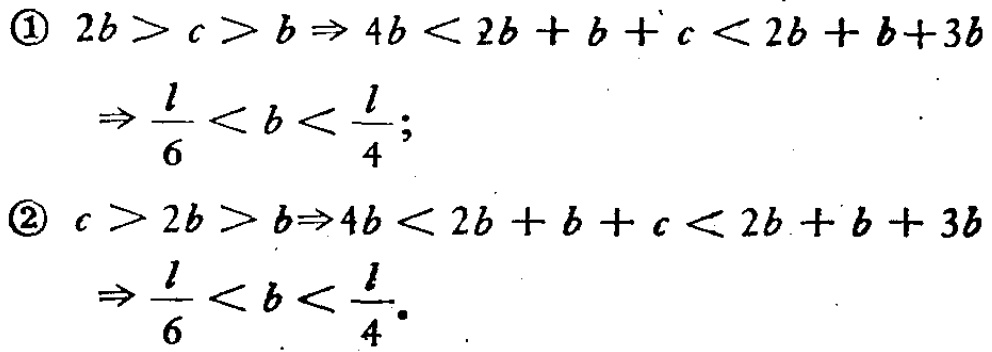
\textcircled{1} \(2b > c > b\Rightarrow 4b < 2b + b + c < 2b + b+3b\)

\(\Rightarrow \frac{l}{6} < b < \frac{l}{4}\);

\textcircled{2} \(c > 2b > b\Rightarrow 4b < 2b + b + c < 2b + b + 3b\)

\(\Rightarrow \frac{l}{6} < b < \frac{l}{4}\).